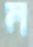
ম